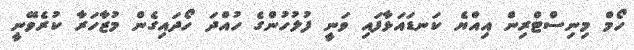
ހޯމް މިނިސްޓްރިން އިއްޔެ ކަނޑައަޅާފައި ވަނީ ފުލުހުންގެ ހުއްދަ ހޯދައިގެން މުޒާހަރާ ކުރެވޭނީ